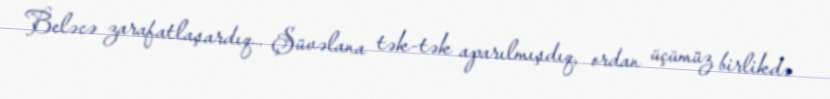
Beləcə zarafatlaşardıq… Şüvəlana tək-tək aparılmışdıq, ordan üçümüz birlikdə